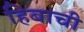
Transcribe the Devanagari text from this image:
हिबाची